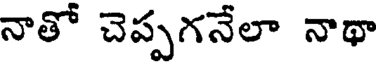
నాతో చెప్పగనేలా నాథా